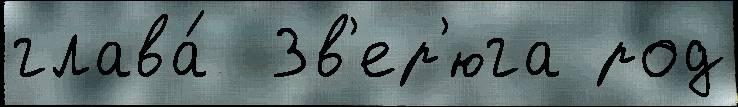
глава́  Зв'ер'юга род